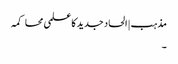
مذہب | الحاد جدید کا علمی محاکمہ
۔